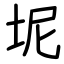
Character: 坭